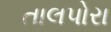
તાલપોરા